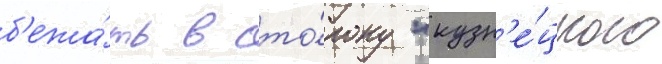
б'ежа́ть в сто́рону "кузн'е́цкого